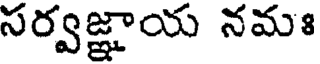
సర్వజ్ఞాయ నమః